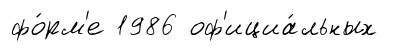
фо́рм'е 1986 оф'ициа́льных